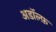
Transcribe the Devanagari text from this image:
अडॉल्फ़